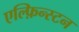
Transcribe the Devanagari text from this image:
एल्फ़िन्स्टन